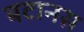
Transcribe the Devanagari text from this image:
बटानस